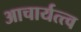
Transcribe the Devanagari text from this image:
आचार्यत्त्व